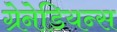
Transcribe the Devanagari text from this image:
ग्रेनेडियन्स